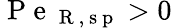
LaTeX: \mathrm{~P~e~}_{\mathrm{~R~,~s~p~}}>0